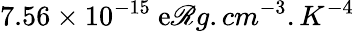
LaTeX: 7.56\times10^{-15}\ \mathrm{e}\mathscr{R}g.cm^{-3}.K^{-4}